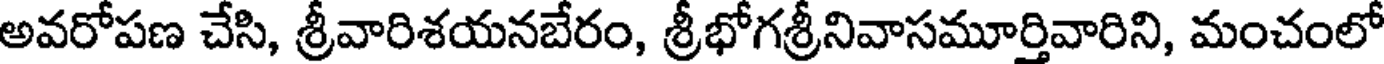
అవరోపణ చేసి, శ్రీవారిశయనబేరం, శ్రీభోగశ్రీనివాసమూర్తివారిని, మంచంలో